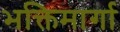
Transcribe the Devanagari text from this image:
भक्तिमार्गा